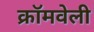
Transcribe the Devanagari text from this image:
क्रॉमवेली